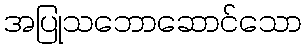
အပြုသဘောဆောင်သော